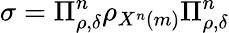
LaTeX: \sigma=\Pi_{\rho,\delta}^{n}\rho_{X^{n}\left(m\right)}\Pi_{\rho,\delta}^{n}